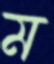
ম